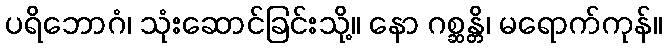
ပရိဘောဂံ၊ သုံးဆောင်ခြင်းသို့။ နော ဂစ္ဆန္တိ၊ မရောက်ကုန်။